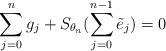
LaTeX: \begin{align*}\sum_{j=0}^ng_j+S_{\theta_n}(\sum_{j=0}^{n-1}\tilde{e}_{j})=0\end{align*}